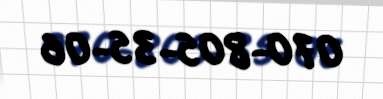
070-805-35-06